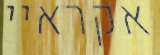
אקראיי